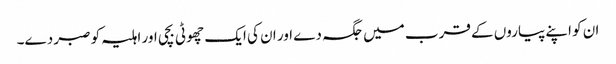
ان کو اپنے پیاروں کے قرب میں جگہ دے اور ان کی ایک چھوٹی بچی اور اہلیہ کو صبر دے۔